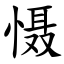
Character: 慑